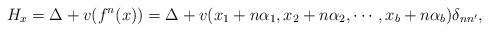
LaTeX: \begin{align*}H_x=\Delta+ v(f^n(x))=\Delta+ v(x_1+n\alpha_1,x_2+n\alpha_2,\cdots,x_b+n\alpha_b)\delta_{nn'},\end{align*}